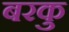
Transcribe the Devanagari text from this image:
बरकु